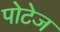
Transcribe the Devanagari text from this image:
पोटेज